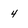
Character: 4